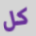
كل